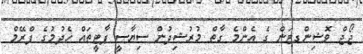
ޖޯޖް ވޮޝިންގޓަން ގެ އެންމެ ގާތް މުރުޝިދުން ސިޔާސީ ޕާޓީތައް ހެދުމުގެ ފްރޭމް